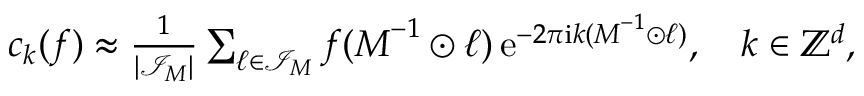
\begin{array} { r } { c _ { \boldsymbol k } ( f ) \approx \frac { 1 } { | \mathcal I _ { \boldsymbol M } | } \sum _ { \boldsymbol \ell \in \mathcal I _ { \boldsymbol M } } f ( \boldsymbol M ^ { - 1 } \odot \boldsymbol \ell ) \, \mathrm e ^ { - 2 \pi \mathrm i \boldsymbol k ( \boldsymbol M ^ { - 1 } \odot \boldsymbol \ell ) } , \quad \boldsymbol k \in \mathbb Z ^ { d } , } \end{array}